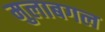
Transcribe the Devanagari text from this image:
मुलाबगल